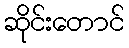
ဆိုင်းတောင်